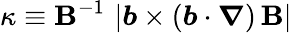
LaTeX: \kappa\equiv\mathbf{B}^{-1}\, \left\vert\boldsymbol{b}\times\left(\boldsymbol{b}\cdot\boldsymbol{\nabla}\right)\, \boldsymbol{\mathbf{B}}\right\vert